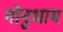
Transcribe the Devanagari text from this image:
गोनुधाम